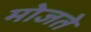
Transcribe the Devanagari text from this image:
मोजते